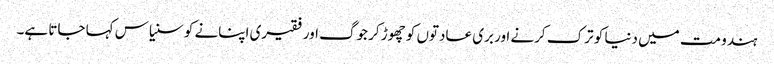
ہندو مت میں دنیا کو ترک کرنے اور بری عادتوں کو چھوڑ کر جوگ اور فقیری اپنانے کو سنیاس کہا جاتا ہے۔